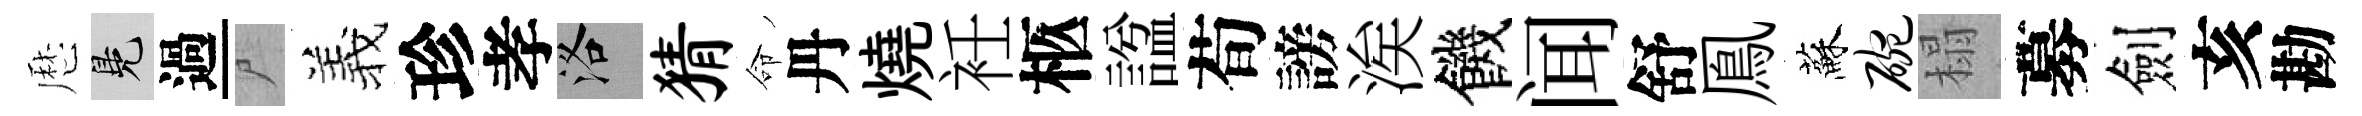
厯鳬過尸羲珍孝洛猜命丹燒衽柩諡荀謗涘饑闻舒鳯蘇碗榻募劍亥勘